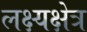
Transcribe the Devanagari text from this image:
लक्ष्यक्षेत्र